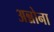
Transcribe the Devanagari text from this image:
अन्नोना